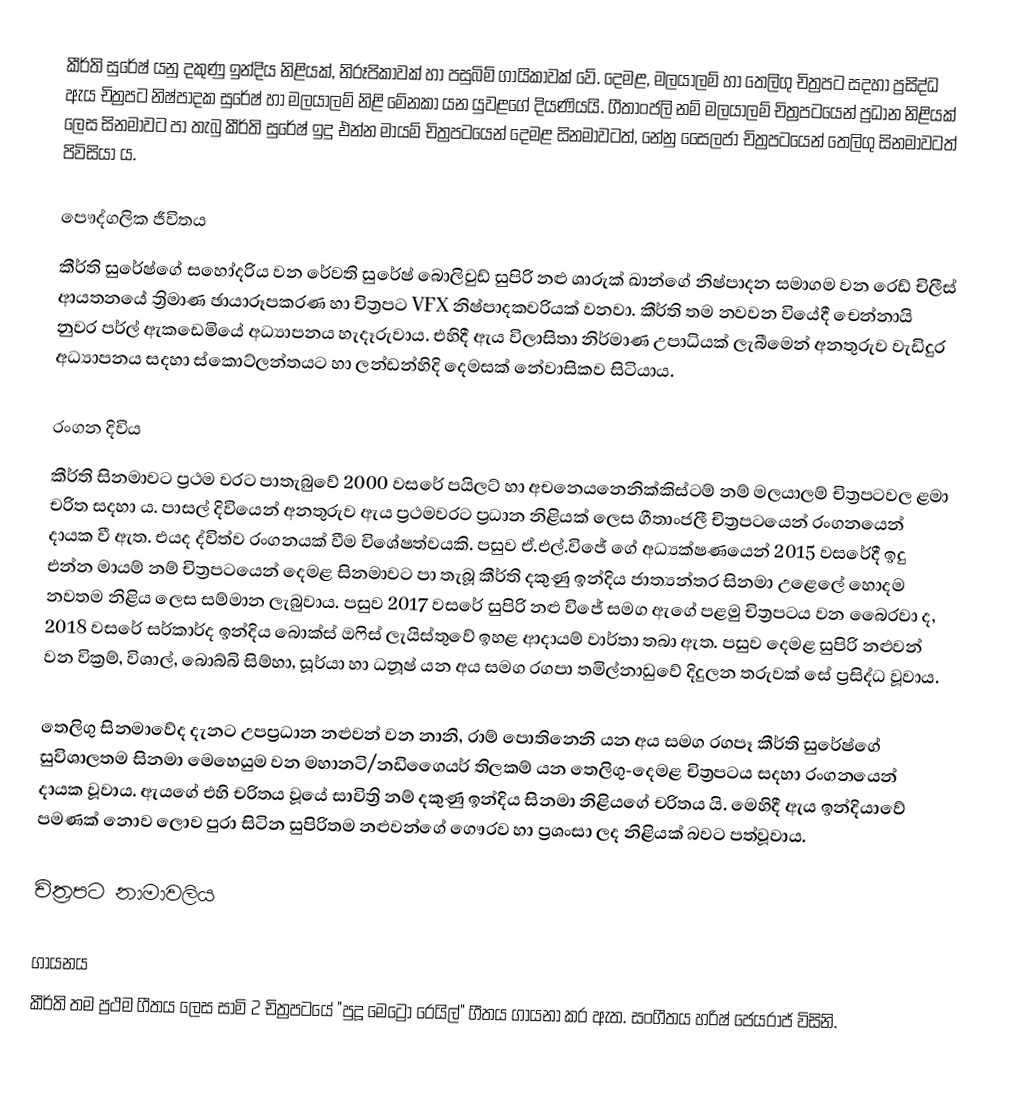
කීර්ති සුරේෂ් යනු දකුණු ඉන්දිය නිළියක්, නිරූපිකාවක් හා පසුබිම් ගායිකාවක් වේ. දෙමළ, මලයාලම් හා තෙලිගු චිත්‍රපට සදහා ප්‍රසිද්ධ ඇය චිත්‍රපට නිෂ්පාදක සුරේෂ් හා මලයාලම් නිළි මේනකා යන යුවළගේ දියණියයි. ගීතාංජලි නම් මලයාලම් චිත්‍රපටයෙන් ප්‍රධාන නිළියක් ලෙස සිනමාවට පා තැබු කීර්ති සුරේෂ් ඉදු එන්න මායම් චිත්‍රපටයෙන් දෙමළ සිනමාවටත්, නේනු සෛලජා චිත්‍රපටයෙන් තෙලිගු සිනමාවටත් පිවිසියා ය.

පෞද්ගලික ජීවිතය
කීර්ති සුරේෂ්ගේ සහෝදරිය වන රේවති සුරේෂ් බොලිවුඩ් සුපිරි නළු ශාරුක් ඛාන්ගේ නිෂ්පාදන සමාගම වන රෙඩ් චිලීස් ආයතනයේ ත්‍රිමාණ ඡායාරූපකරණ හා චිත්‍රපට VFX නිෂ්පාදකවරියක් වනවා. කීර්ති තම නවවන වියේදී චෙන්නායි නුවර පර්ල් ඇකඩෙමියේ අධ්‍යාපනය හැදෑරුවාය. එහිදී ඇය විලාසිතා නිර්මාණ උපාධියක් ලැබීමෙන් අනතුරුව වැඩිදුර අධ්‍යාපනය සදහා ස්කොට්ලන්තයට හා ලන්ඩන්හිදි දෙමසක් නේවාසිකව සිටියාය.

රංගන දිවිය
කීර්ති සිනමාවට ප්‍රථම වරට පාතැබුවේ 2000 වසරේ පයිලට් හා අචනෙයනෙනික්කිස්ටම් නම් මලයාලම් චිත්‍රපටවල ළමා චරිත සදහා ය. පාසල් දිවියෙන් අනතුරුව ඇය ප්‍රථමවරට  ප්‍රධාන නිළියක් ලෙස ගීතාංජලී චිත්‍රපටයෙන් රංගනයෙන් දායක වී ඇත. එයද ද්විත්ව රංගනයක් වීම විශේෂත්වයකි. පසුව ඒ.එල්.විජේ ගේ අධ්‍යක්ෂණයෙන් 2015 වසරේදී ඉදු එන්න මායම් නම් චිත්‍රපටයෙන් දෙමළ සිනමාවට පා තැබූ කීර්ති දකුණු ඉන්දිය ජාත්‍යන්තර සිනමා උළෙලේ හොදම නවතම නිළිය ලෙස සම්මාන ලැබුවාය. පසුව 2017 වසරේ සුපිරි නළු විජේ සමග ඇගේ පළමු චිත්‍රපටය වන බෛරවා ද, 2018 වසරේ සර්කාර්ද ඉන්දිය බොක්ස් ඔෆිස් ලැයිස්තුවේ ඉහළ ආදායම් වාර්තා තබා ඇත. පසුව දෙමළ සුපිරි නළුවන් වන වික්‍රම්, විශාල්, බොබ්බි සිම්හා, සූර්යා හා ධනූෂ් යන අය සමග රගපා තමිල්නාඩුවේ දිදුලන තරුවක් සේ ප්‍රසිද්ධ වූවාය.

තෙලිගු සිනමාවේද දැනට උපප්‍රධාන නළුවන් වන නානි, රාම් පොතිනෙනි යන අය සමග රගපෑ කීර්ති සුරේෂ්ගේ සුවිශාලතම සිනමා මෙහෙයුම වන මහානටි/නඩිගෛයර් තිලකම් යන තෙලිගු-දෙමළ චිත්‍රපටය සදහා රංගනයෙන් දායක වූවාය. ඇයගේ එහි චරිතය වූයේ සාවිත්‍රි නම් දකුණු ඉන්දිය සිනමා නිළියගේ චරිතය යි. මෙහිදී ඇය ඉන්දියාවේ පමණක් නොව ලොව පුරා සිටින සුපිරිතම නළුවන්ගේ ගෞරව හා ප්‍රශංසා ලද නිළියක් බවට පත්වූවාය.

චිත්‍රපට නාමාවලිය

ගායනය
කීර්ති තම ප්‍රථම ගීතය ලෙස සාමි 2 චිත්‍රපටයේ "පුදූ මෙට්‍රෝ රෙයිල්" ගීතය ගායනා කර ඇත. සංගීතය හරිෂ් ජෙයරාජ් විසිනි.